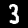
Label: 3